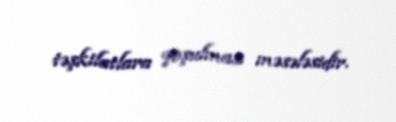
təşkilatlara qoşulması məsələsidir.